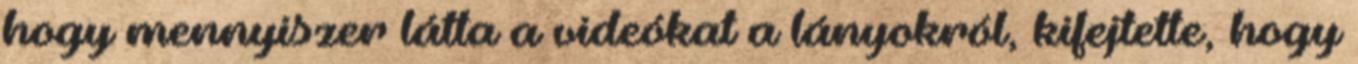
hogy mennyiszer látta a videókat a lányokról, kifejtette, hogy